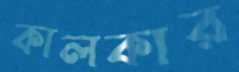
কালকার